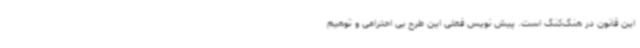
این قانون در هنگ‌کنگ است. پیش نویس فعلی این طرح بی احترامی و توهیم